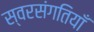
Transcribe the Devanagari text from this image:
स्वरसंगतियाँ